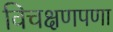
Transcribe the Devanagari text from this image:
विचक्षणपणा